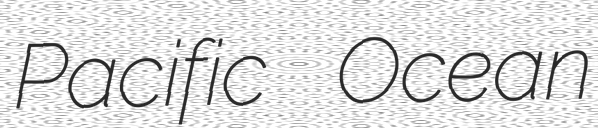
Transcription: Pacific Ocean